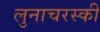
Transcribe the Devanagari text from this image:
लुनाचरस्की